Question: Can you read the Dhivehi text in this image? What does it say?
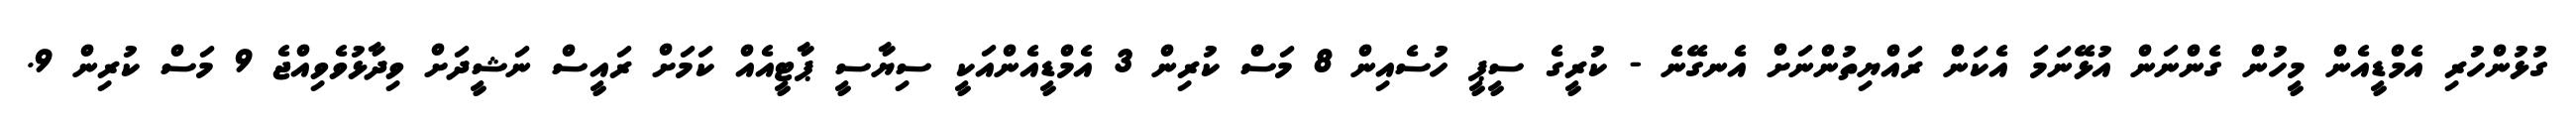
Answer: ގުޅުންހުރި އެމްޑީއެން މީހުން ގެންނަން އުޅޭނަމަ އެކަން ރައްޔިތުންނަށް އެނގޭނެ - ކުރީގެ ސީޕީ ހުސެއިން 8 މަސް ކުރިން 3 އެމްޑީއެންއަކީ ސިޔާސީ ޕާޓީއެއް ކަމަށް ރައީސް ނަޝީދަށް ވިދާޅުވެވިއްޖެ 9 މަސް ކުރިން 9.